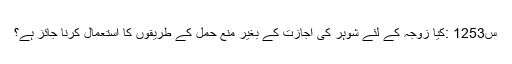
س1253 :کيا زوجہ کے لئے شوہر کى اجازت کے بغير منع حمل کے طريقوں کا استعمال کرنا جائز ہے؟